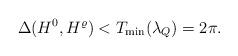
LaTeX: \begin{align*}\Delta(H^0, H^{\varrho}) < T_{\min}(\lambda_Q) = 2\pi.\end{align*}